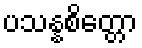
ပသန္နစိတ္တော